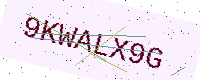
Text: 9KWALX9G